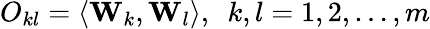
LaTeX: O_{kl}=\langle{\mathbf W}_{k},{\mathbf W}_{l}\rangle,~~k,l=1,2,\ldots,m